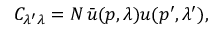
C _ { \lambda ^ { \prime } \lambda } = { \cal { N } } \, \bar { u } ( p , \lambda ) u ( p ^ { \prime } , \lambda ^ { \prime } ) ,